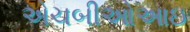
એચબીઓઆઇ